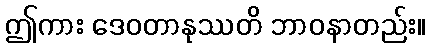
ဤကား ဒေဝတာနုဿတိ ဘာဝနာတည်း။